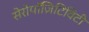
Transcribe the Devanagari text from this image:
सेरोपॉज़िटिविटी